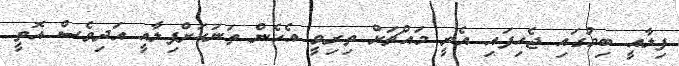
ފިލާއީ ބިމުގައި ޖެހިފައި އެރީ މައްޗަށް ތިރިވީ އެހެން ތަނަކަށްފިލާއީ އަދިވެސް އޮތީ